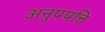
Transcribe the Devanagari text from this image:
अनुपपत्ति